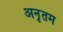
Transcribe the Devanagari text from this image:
अनृतम